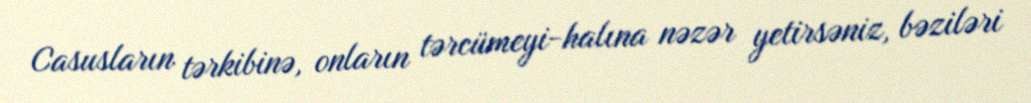
Casusların tərkibinə, onların tərcümeyi-halına nəzər yetirsəniz, bəziləri